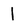
Character: 1